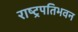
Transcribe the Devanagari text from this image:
राष्ट्रपतिभवन